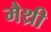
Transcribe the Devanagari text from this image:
मैथ्री